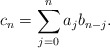
\begin{align*}c_{n} = \sum_{j=0}^{n} a_{j}b_{n-j}.\end{align*}